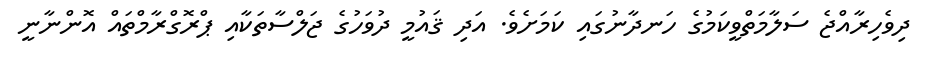
ދިވެހިރާއްޖެ ސަލާމަތްވީކަމުގެ ހަނދާނުގައި ކަމަށެވެ. އަދި ޤައުމީ ދުވަހުގެ ޖަލްސާތަކާއި ޕްރޮގްރާމްތައް އޮންނާނީ